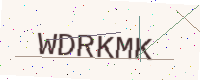
Text: WDRKMK